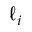
\ell _ { i }